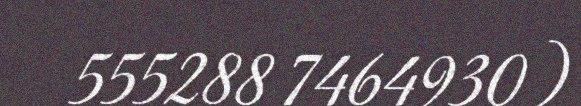
555288 7464930)